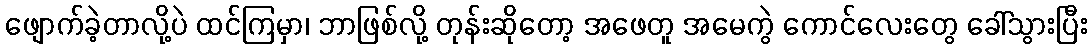
ဖျောက်ခဲ့တာလို့ပဲ ထင်ကြမှာ၊ ဘာဖြစ်လို့ တုန်းဆိုတော့ အဖေတူ အမေကွဲ ကောင်လေးတွေ ခေါ်သွားပြီး